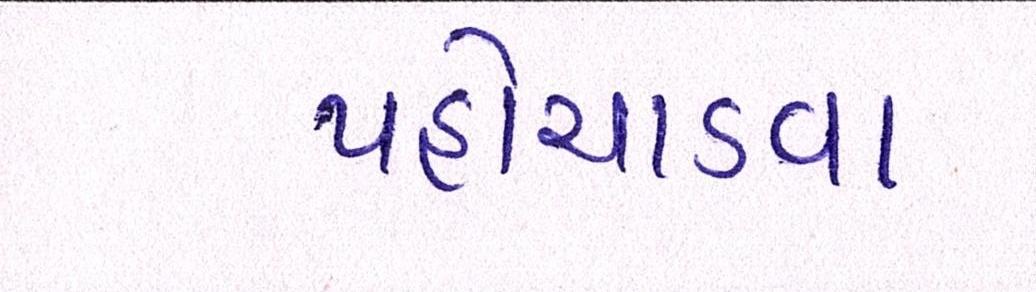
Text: પહોંચાડવા